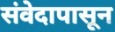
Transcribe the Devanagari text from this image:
संवेदापासून